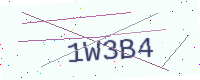
Text: 1W3B4